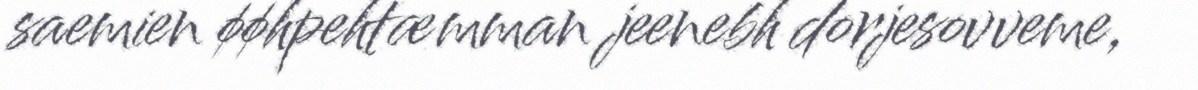
saemien øøhpehtæmman jeenebh dorjesovveme,